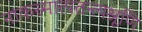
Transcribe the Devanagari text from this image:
नाकस्मात्पतन्त्यश्रूणि